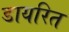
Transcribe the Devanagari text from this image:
डायरित